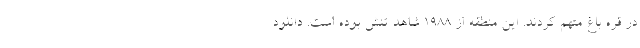
در قره باغ متهم کردند. این منطقه از ۱۹۸۸ شاهد تنش بوده است. دانلود